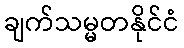
ချက်သမ္မတနိုင်ငံ